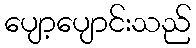
ပျော့ပျောင်းသည်